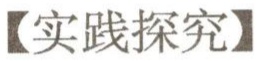
【实践探究】